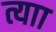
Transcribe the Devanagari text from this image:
त्याा